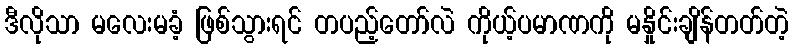
ဒီလိုသာ မလေးမခံ့ ဖြစ်သွားရင် တပည့်တော်လဲ ကိုယ့်ပမာဏကို မနှိုင်းချိန်တတ်တဲ့